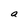
Character: a